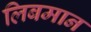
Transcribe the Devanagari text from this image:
लिबमान